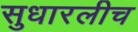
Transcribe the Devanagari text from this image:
सुधारलीच